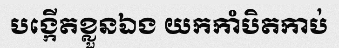
បង្កើតខ្លួនឯង យកកាំបិតកាប់